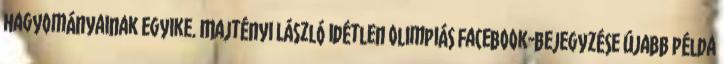
hagyományainak egyike. Majtényi László idétlen olimpiás Facebook-bejegyzése újabb példa